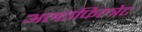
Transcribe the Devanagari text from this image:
अल्टाफिल्त्रेट